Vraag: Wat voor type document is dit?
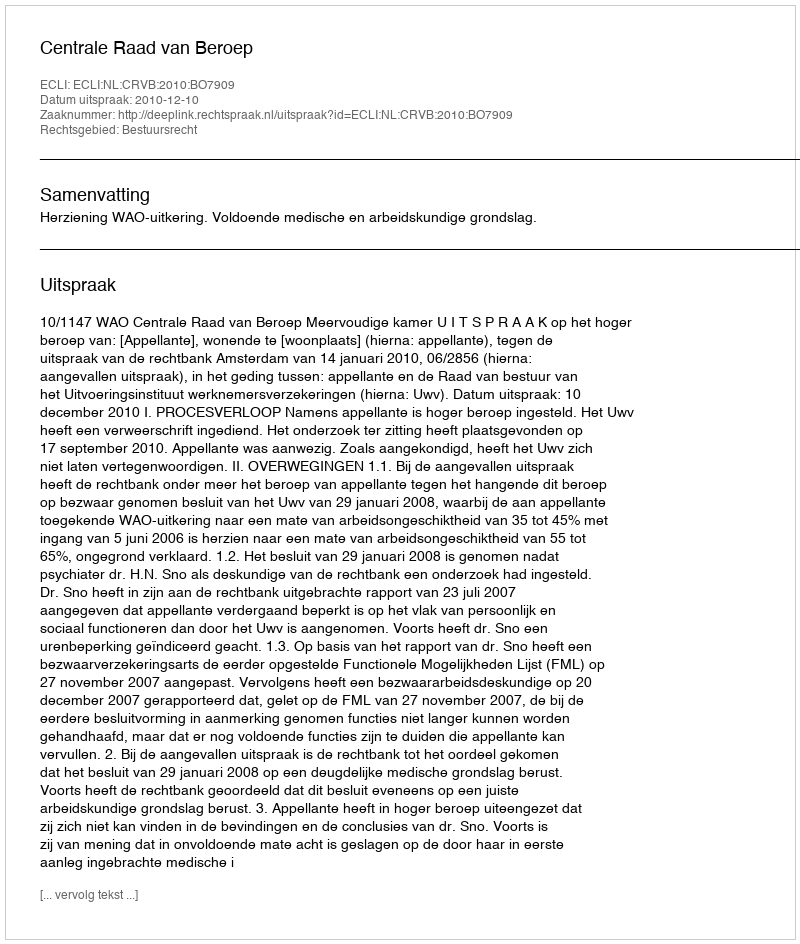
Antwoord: Uitspraak